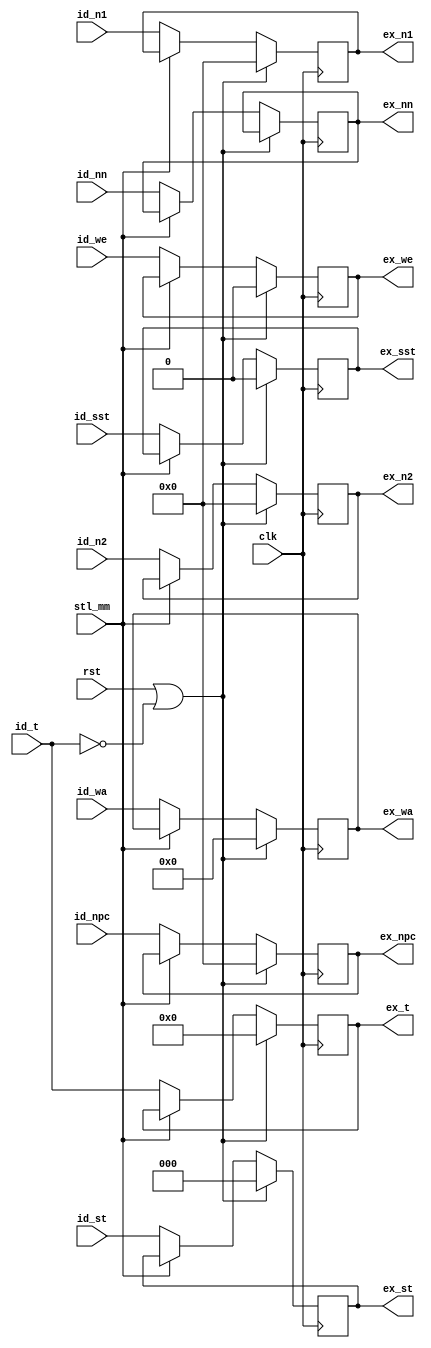
module id_ex (
    input   wire    clk,
    input   wire    rst,
    
    input   wire[6:0]   id_t,
    input   wire[2:0]   id_st,
    input   wire        id_sst,

    input   wire[31:0]  id_n1,
    input   wire[31:0]  id_n2,
    input   wire[4:0]   id_wa,
    input   wire        id_we,
    input   wire[31:0]  id_nn,

    output  reg[6:0]    ex_t,
    output  reg[2:0]    ex_st,
    output  reg         ex_sst,

    output  reg[31:0]   ex_n1,
    output  reg[31:0]   ex_n2,
    output  reg[4:0]    ex_wa,
    output  reg         ex_we,
    output  reg[31:0]   ex_nn,

    // input   wire[31:0]  id_if_off_i,
    // input   wire[31:0]  id_if_pc_i,
    // input   wire        id_if_pce_i,

    // output  reg[31:0]   id_if_pc_o,
    // output  reg         id_if_pce_o,

    input   wire[31:0]  id_npc,
    output  reg[31:0]   ex_npc,

    input   wire        stl_mm
);

    reg[1:0]    inv;
    

    always @ (posedge clk) begin
        if (rst == 1'b1 || id_t == 7'h0) begin
            ex_t    <= 7'h0;
            ex_st   <= 3'h0;
            ex_sst  <= 1'h0;
            ex_n1   <= 32'h0;
            ex_n2   <= 32'h0;
            ex_wa   <= 5'h0;
            ex_we   <= 1'h0;
            ex_npc  <= 0;
        end else if (stl_mm != 1'b1) begin
            // $display("[%d] - id %d %d", $time, id_n1, id_n2);
            ex_t    <= id_t;
            ex_st   <= id_st;
            ex_sst  <= id_sst;
            ex_n1   <= id_n1;
            ex_n2   <= id_n2;
            ex_wa   <= id_wa;
            ex_we   <= id_we;
            ex_nn   <= id_nn;
            ex_npc  <= id_npc;
        end
    end

    // always @ (negedge clk) begin
    //     if (rst == 1'b1) begin
    //         id_if_pc_o  <= 32'h0;
    //         id_if_pce_o <= 1'b0;
    //     end else if (stl_mm != 1'b1) begin
    //         id_if_pc_o  <= id_if_pc_i + id_if_off_i;
    //         id_if_pc_o[0] <= 1'b0;
    //         id_if_pce_o <= id_if_pce_i;
    //     end
    // end

endmodule